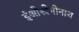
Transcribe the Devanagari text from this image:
ईओस्त्रेमोनाथ